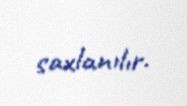
saxlanılır.